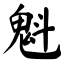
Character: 魁